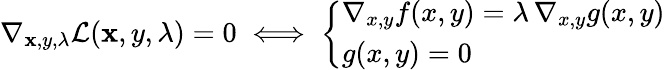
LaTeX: \nabla_{\mathbf{x},y,\lambda}{\mathcal{{L}}}(\mathbf{x},y,\lambda)=0\iff{\left\{ \begin{array}{ll}{\nabla_{x,y}f(x,y)=\lambda\, \nabla_{x,y}g(x,y)}\\ {g(x,y)=0}\end{array}\right.}